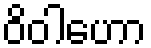
ဝိဝါဟော